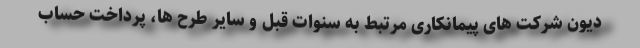
دیون شرکت های پیمانکاری مرتبط به سنوات قبل و سایر طرح ها، پرداخت حساب